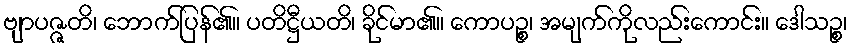
ဗျာပဇ္ဇတိ၊ ဘောက်ပြန်၏။ ပတိဋ္ဌီယတိ၊ ခိုင်မာ၏။ ကောပဉ္စ၊ အမျက်ကိုလည်းကောင်း။ ဒေါသဉ္စ၊